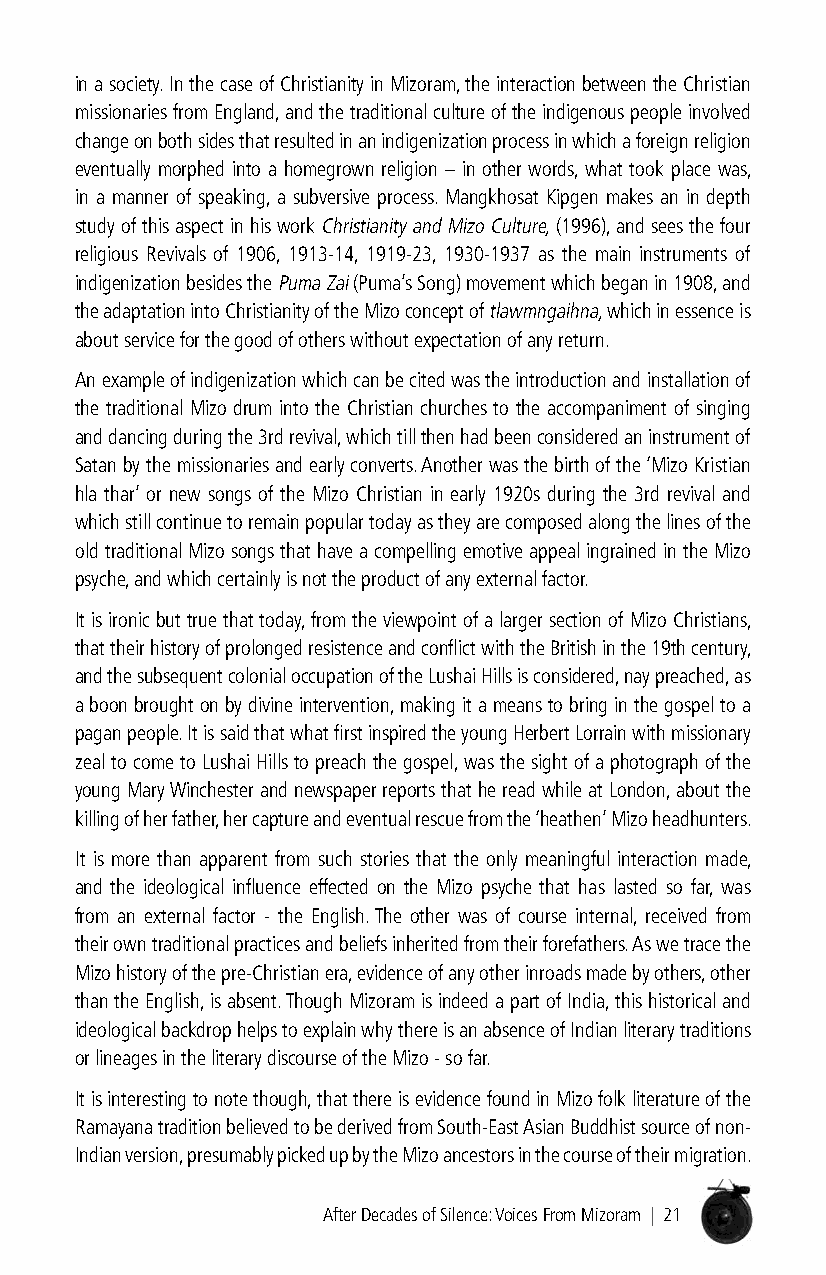
in a society. In the case of Christianity in Mizoram, the interaction between the Christian
 missionaries from England, and the traditional culture of the indigenous people involved
 change on both sides that resulted in an indigenization process in which a foreign religion
 eventually morphed into a homegrown religion – in other words, what took place was,
 in a manner of speaking, a subversive process. Mangkhosat Kipgen makes an in depth
 study of this aspect in his work Christianity and Mizo Culture, (1996), and sees the four
 religious Revivals of 1906, 1913-14, 1919-23, 1930-1937 as the main instruments of
 indigenization besides the Puma Zai (Puma’s Song) movement which began in 1908, and
 the adaptation into Christianity of the Mizo concept of tlawmngaihna, which in essence is
 about service for the good of others without expectation of any return.
 An example of indigenization which can be cited was the introduction and installation of
 the traditional Mizo drum into the Christian churches to the accompaniment of singing
 and dancing during the 3rd revival, which till then had been considered an instrument of
 Satan by the missionaries and early converts. Another was the birth of the ‘Mizo Kristian
 hla thar’ or new songs of the Mizo Christian in early 1920s during the 3rd revival and
 which still continue to remain popular today as they are composed along the lines of the
 old traditional Mizo songs that have a compelling emotive appeal ingrained in the Mizo
 psyche, and which certainly is not the product of any external factor.
 It is ironic but true that today, from the viewpoint of a larger section of Mizo Christians,
 that their history of prolonged resistence and conflict with the British in the 19th century,
 and the subsequent colonial occupation of the Lushai Hills is considered, nay preached, as
 a boon brought on by divine intervention, making it a means to bring in the gospel to a
 pagan people. It is said that what first inspired the young Herbert Lorrain with missionary
 zeal to come to Lushai Hills to preach the gospel, was the sight of a photograph of the
 young Mary Winchester and newspaper reports that he read while at London, about the
 killing of her father, her capture and eventual rescue from the ‘heathen’ Mizo headhunters.
 It is more than apparent from such stories that the only meaningful interaction made,
 and the ideological influence effected on the Mizo psyche that has lasted so far, was
 from an external factor - the English. The other was of course internal, received from
 their own traditional practices and beliefs inherited from their forefathers. As we trace the
 Mizo history of the pre-Christian era, evidence of any other inroads made by others, other
 than the English, is absent. Though Mizoram is indeed a part of India, this historical and
 ideological backdrop helps to explain why there is an absence of Indian literary traditions
 or lineages in the literary discourse of the Mizo - so far.
 It is interesting to note though, that there is evidence found in Mizo folk literature of the
 Ramayana tradition believed to be derived from South-East Asian Buddhist source of non-
 Indian version, presumably picked up by the Mizo ancestors in the course of their migration.
 After Decades of Silence: Voices From Mizoram | 21